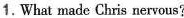
1.What made Chris nervous?